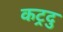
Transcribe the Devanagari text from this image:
कट्रदु